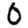
Digit: 0